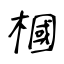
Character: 槶